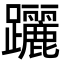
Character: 躧